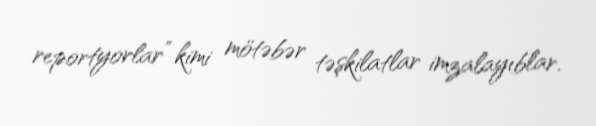
reportyorlar” kimi mötəbər təşkilatlar imzalayıblar.